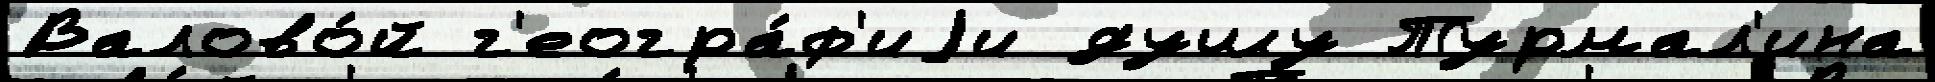
Валово́й г'еогра́ф'иjи душу Турмал'ина